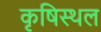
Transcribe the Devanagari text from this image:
कृषिस्थल